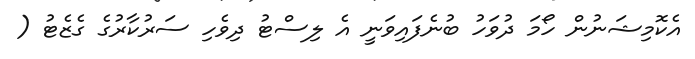
އެކޮމިޝަނުން ހޯމަ ދުވަހު ބުނެފައިވަނީ އެ ލިސްޓު ދިވެހި ސަރުކާރުގެ ގެޒެޓު (